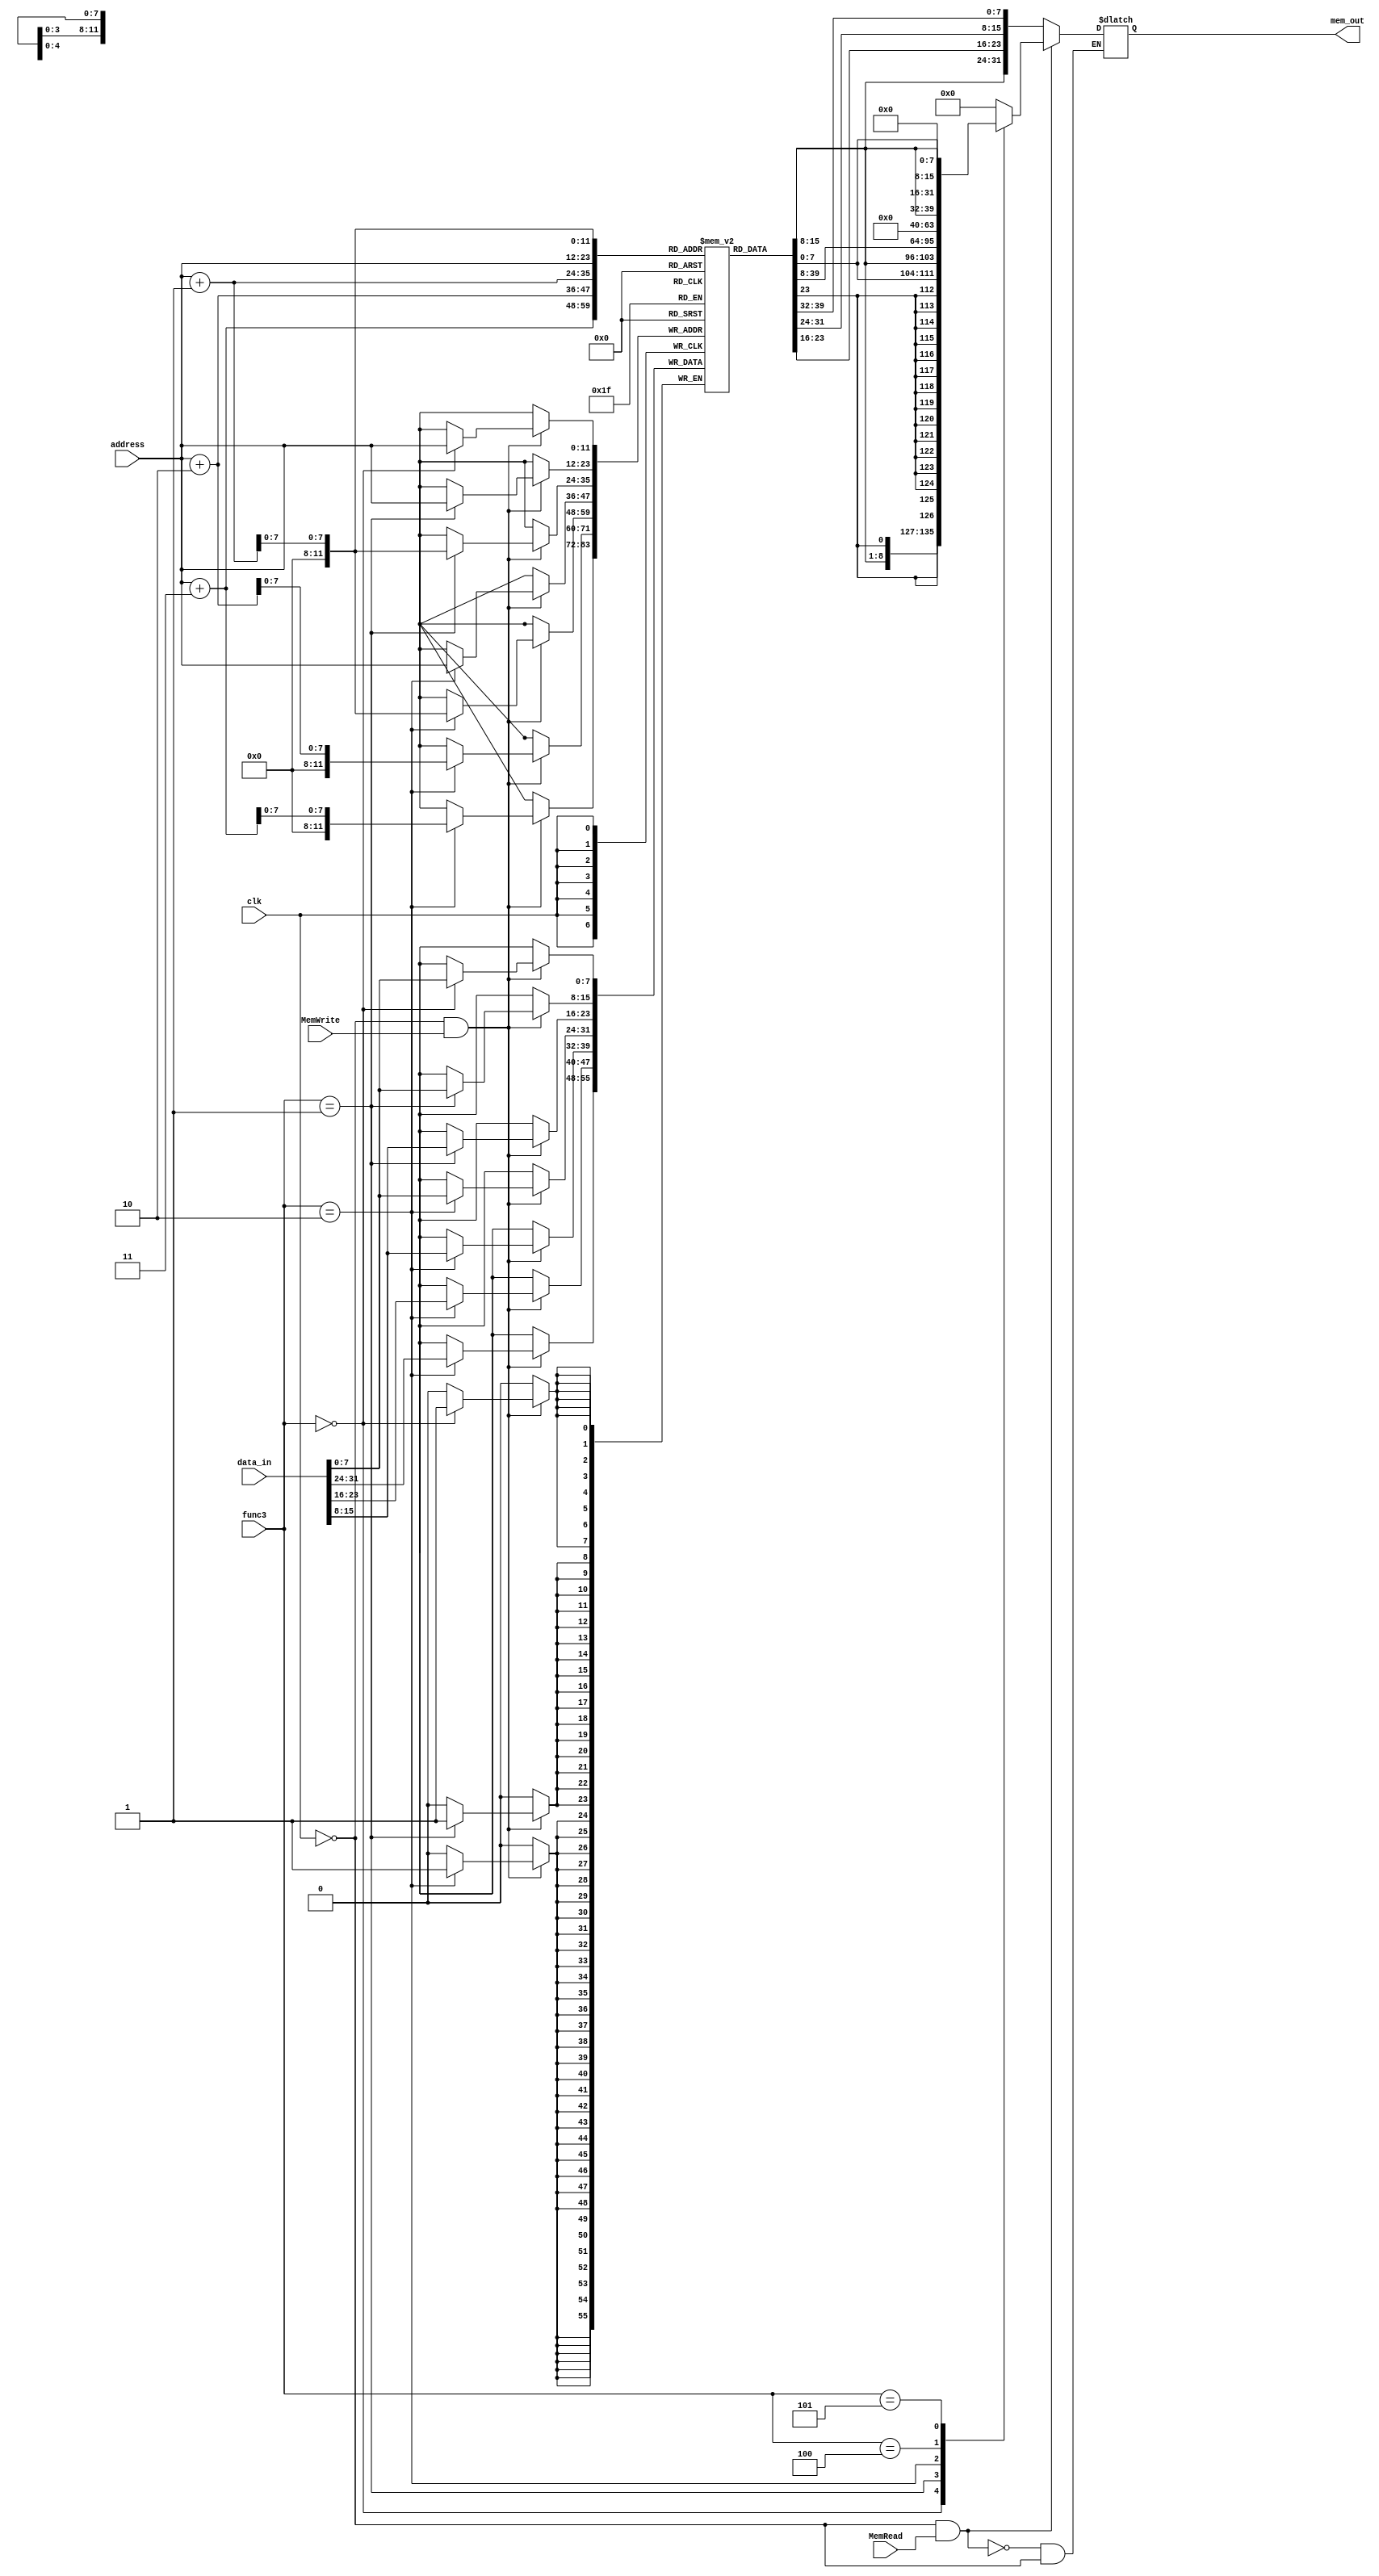
`timescale 1ns / 1ps
/*******************************************************************
*
* Module: Memory.v
* Project: Archetchture_project
          Nada Badawy        900171975
          Mohamed Al-Awadly  900163100
* Description: this Module work with both data memory 
*and instruction memory so we can store or load any thing from the 
*data_memory the memory also, here we can initialize some values in 
*a specific memory location also we get the address of the instruction
* that should be fetched in the instruction memory to have the instruction 
*
* Change history: 07/11/19 - creat the module
* 11/11/19 - still working on it
*
*******************************************************************/


module Memory(
input clk,
input MemRead, 
input MemWrite,
input [11:0] address,
input [2:0] func3 , 
input [31:0] data_in,  // data which we want to store  
output  reg [31:0] mem_out
  );
  
reg [7:0] mem [0:(4*1024-1)];  
wire [7:0] transition_out1, transition_out2;
wire [7:0] byte1;    
wire [7:0] byte2;
wire [7:0] byte3;
wire last_byte8,last_byte16;

assign transition_out1 = mem[address];
assign transition_out2 = mem[address+1];
assign byte1= address +1;
assign byte2= address +2; 
assign byte3= address +3;
assign last_byte8 = transition_out1[7];
assign last_byte16 = transition_out2[7];
integer i;
    initial begin
        for (i = 0;i<4*1024; i = i +1)begin
            mem[i]=0;
        end
        
        
      //  $readmemh("E:/Fall 19/arch/New folder/Branch.hex", mem); 
      

       
mem[0]=8'b00011001; mem[1]=8'b0000_0000; mem[2]=8'b0_010_0000; mem[3]=8'b1_0000011; //lw x1, 400(x0)

mem[4]=8'b00011001; mem[5]=8'b0100_0000; mem[6]=8'b0_010_0001; mem[7]=8'b0_0000011 ; //lw x2, 404(x0)

mem[8]=8'b0000000_0; mem[9]=8'b0010_0000; mem[10]=8'b1_110_0010; mem[11]=8'b0_0110011 ; //or x4, x1, x2


mem[12]=8'b00011001; mem[13]=8'b1000_0000; mem[14]=8'b0_010_0001; mem[15]=8'b1_0000011 ; //lw x3, 408(x0)

mem[16]=8'h00; mem[17]=8'h32; mem[18]=8'h04; mem[19]=8'h63; //beq x4, x3, 8


mem[20]=8'b0000000_0; mem[21]=8'b0010_0000; mem[22]=8'b1_000_0001; mem[23]=8'b1_0110011 ; //add x3, x1, x2

mem[24]=8'b0000000_0; mem[25]=8'b0010_0001; mem[26]=8'b1_000_0010; mem[27]=8'b1_0110011 ; //add x5, x3, x2

mem[28]=8'b0001100_0; mem[29]=8'b0101_0000; mem[30]=8'b0_010_1110; mem[31]=8'b0_0100011; //sw x5, 412(x0)

mem[32]=8'b00011001; mem[33]=8'b1100_0000; mem[34]=8'b0_010_0011; mem[35]=8'b0_0000011 ; //lw x6, 412(x0)

mem[36]=8'b0000000_0; mem[37]=8'b0001_0011; mem[38]=8'b0_111_0011; mem[39]=8'b1_0110011 ; //and x7, x6, x1

mem[40]=8'b0100000_0; mem[41]=8'b0010_0000; mem[42]=8'b1_000_0100; mem[43]=8'b0_0110011 ; //sub x8, x1, x2

mem[44]=8'b0000000_0; mem[45]=8'b0010_0000; mem[46]=8'b1_000_0000; mem[47]=8'b0_0110011 ; //add x0, x1, x2

mem[48]=8'b0000000_0; mem[49]=8'b0001_0000; mem[50]=8'b0_000_0100; mem[51]=8'b1_0110011 ; //add x9, x0, x1

mem[52]=8'b0000000_0; mem[53]=8'b0000_0000; mem[54]=8'b0_000_0000; mem[55]=8'b0_0110011 ; //add x0, x0, x0
     
     
       //here you can edit the data in the memory
mem[400]= 8'd17;
mem[401]= 8'd0;
mem[402]= 8'd0;
mem[403]= 8'd0;
       
mem[404]= 8'd9;
mem[405]= 8'd0;
mem[406]= 8'd0;
mem[407]= 8'd0;

mem[408]= 8'd25;
mem[409]= 8'd0;
mem[410]= 8'd0;
mem[411]= 8'd0;
        end
        
        // memory to be written 
//end 

////////////////////////////////////////read instruction///////////////////////////////////////
  always @(*) 
  begin 
  if (clk)
  mem_out= {mem[address],mem[address+1],mem[address+2],mem[((address)+3)]};
  
  ///////////////////////////////////read data/////////////////////////////////////////////
  if ((clk ==0 )&& (MemRead ==1))
  begin 
  case(func3)
   3'b000: mem_out = {{24{last_byte8}}, {mem[address]}};    //lB
   3'b001: mem_out = {{16{last_byte16}},mem[byte1], mem[address]};    //LH
   3'b010: mem_out = {mem[address+3], mem[address+2],mem[address+1], mem[address]};       //lw 
   3'b100: mem_out= {24'b0, mem[address]};     //LBU
   3'b101: mem_out= {16'b0,mem[byte1], mem[address]};  // LHU
   default: mem_out=0;
   endcase
  end 
  
  end 
  
  ////////////////////////////////write the data///////////////////////////////// 
  always @(negedge clk)
  begin 
  if ( (clk ==0 )&& (MemWrite ==1))
  
  begin 
  case(func3)
    3'b000: mem[address] = data_in[7:0];    //SB
    
    3'b001: begin 
    mem[address] = data_in[7:0];   //SH
    mem[byte1] = data_in[15:8];
    end 
    
    3'b010:begin
    mem[address] = data_in[7:0];       //Sw 
    mem[byte1] = data_in[15:8];
    mem[byte2] = data_in[23:16];
    mem[byte3] = data_in[31:24];
     end 
    endcase
    end
   
 end 
  
endmodule